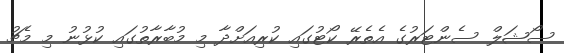
ސޯޝަލް ސެންޓަރުގެ އެތެރޭ ކޯޓުގައި ކުރިއަށްދާ މި މުބާރާތުގައި ކުޅުނު މި މެޗު